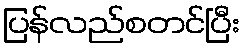
ပြန်လည်စတင်ပြီး